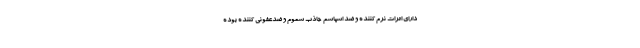
دارای اثرات نرم کننده و ضد اسپاسم  جاذب سموم و ضدعفونی کننده بوده